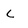
Character: L